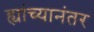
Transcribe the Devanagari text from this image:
ह्यांच्यानंतर